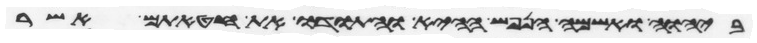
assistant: ביהוה ואשמה הנפש ההיא והתודו את חטאתם אשר